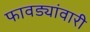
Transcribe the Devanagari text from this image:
फावड्यांवारी